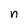
Character: n